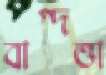
বাগ্দত্তা